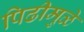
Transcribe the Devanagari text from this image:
पिढीमुळे